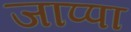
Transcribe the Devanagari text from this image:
जाप्पा